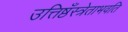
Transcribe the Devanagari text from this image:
उत्तिष्ठँस्त्रेताभवति